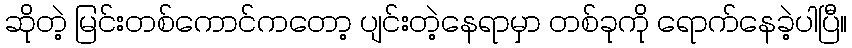
ဆိုတဲ့ မြင်းတစ်ကောင်ကတော့ ပျင်းတဲ့နေရာမှာ တစ်ခုကို ရောက်နေခဲ့ပါပြီ။